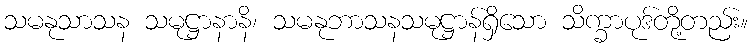
သမနုသာသန သမုဋ္ဌာနာနိ၊ သမနုဘာသနသမုဋ္ဌာန်ရှိသော သိက္ခာပုဒ်တို့တည်း။